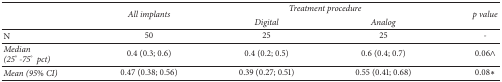
<table><thead><tr><td rowspan="2"><b> </b></td><td rowspan="2"><b><i>All implants</i></b></td><td colspan="2"><b><i>Treatment procedure</i></b></td><td rowspan="2"><b><i>p value</i></b></td></tr><tr><td><b><i>Digital</i></b></td><td><b><i>Analog</i></b></td></tr></thead><tbody><tr><td>N</td><td>50</td><td>25</td><td>25</td><td>-</td></tr><tr><td><i>Median (25</i>° <i>-75</i>° <i> pct)</i></td><td>0.4 (0.3; 0.6)</td><td>0.4 (0.2; 0.5)</td><td>0.6 (0.4; 0.7)</td><td>0.06∧</td></tr><tr><td><i>Mean (95</i>%<i> CI)</i></td><td>0.47 (0.38; 0.56)</td><td>0.39 (0.27; 0.51)</td><td>0.55 (0.41; 0.68)</td><td>0.08<i>∗</i></td></tr></tbody></table>